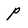
Character: p